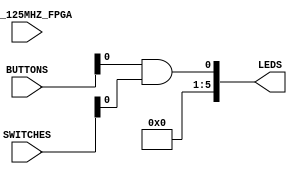
`timescale 1ns / 1ps
//------------------------------------------------------------------------------
// UC Berkeley, EECS 151/251A FPGA Lab
// Lab 1, Fall 2018
// Module: z1top.v 
//------------------------------------------------------------------------------

module z1top(
    input CLK_125MHZ_FPGA,
    input [3:0] BUTTONS,
    input [1:0] SWITCHES,
    output [5:0] LEDS
    );

    and(LEDS[0], BUTTONS[0], SWITCHES[0]);
    assign LEDS[5:1] = 0;

endmodule